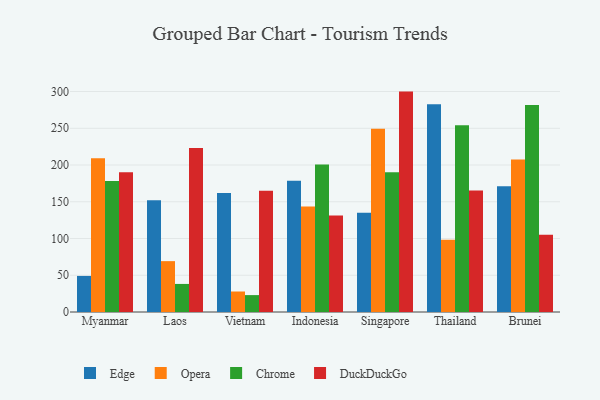
{"axis": {"x": "Country", "y": "Conversion Rate (%)"}, "legend": ["Chrome", "DuckDuckGo", "Edge", "Opera"], "data": [{"x": "Myanmar", "y": 49.1, "type": "Edge"}, {"x": "Myanmar", "y": 209.1, "type": "Opera"}, {"x": "Myanmar", "y": 178.1, "type": "Chrome"}, {"x": "Myanmar", "y": 190.3, "type": "DuckDuckGo"}, {"x": "Laos", "y": 152.1, "type": "Edge"}, {"x": "Laos", "y": 69.2, "type": "Opera"}, {"x": "Laos", "y": 38.2, "type": "Chrome"}, {"x": "Laos", "y": 223.2, "type": "DuckDuckGo"}, {"x": "Vietnam", "y": 162.0, "type": "Edge"}, {"x": "Vietnam", "y": 27.9, "type": "Opera"}, {"x": "Vietnam", "y": 23.0, "type": "Chrome"}, {"x": "Vietnam", "y": 164.9, "type": "DuckDuckGo"}, {"x": "Indonesia", "y": 178.6, "type": "Edge"}, {"x": "Indonesia", "y": 143.6, "type": "Opera"}, {"x": "Indonesia", "y": 200.7, "type": "Chrome"}, {"x": "Indonesia", "y": 131.2, "type": "DuckDuckGo"}, {"x": "Singapore", "y": 135.0, "type": "Edge"}, {"x": "Singapore", "y": 249.5, "type": "Opera"}, {"x": "Singapore", "y": 190.1, "type": "Chrome"}, {"x": "Singapore", "y": 299.9, "type": "DuckDuckGo"}, {"x": "Thailand", "y": 282.6, "type": "Edge"}, {"x": "Thailand", "y": 98.4, "type": "Opera"}, {"x": "Thailand", "y": 254.0, "type": "Chrome"}, {"x": "Thailand", "y": 165.4, "type": "DuckDuckGo"}, {"x": "Brunei", "y": 171.0, "type": "Edge"}, {"x": "Brunei", "y": 207.5, "type": "Opera"}, {"x": "Brunei", "y": 281.6, "type": "Chrome"}, {"x": "Brunei", "y": 105.2, "type": "DuckDuckGo"}]}